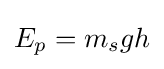
E_{p}=m_{s}gh